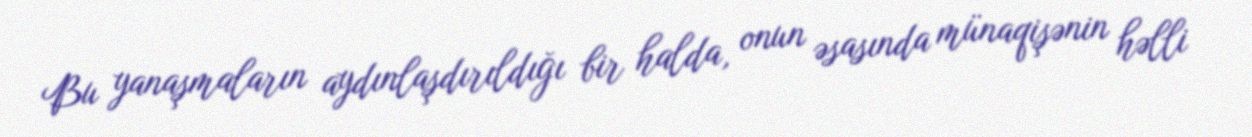
Bu yanaşmaların aydınlaşdırıldığı bir halda, onun əsasında münaqişənin həlli